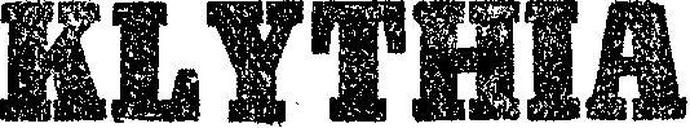
KLYTHIA